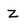
Character: Z